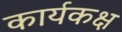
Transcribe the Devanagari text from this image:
कार्यकक्ष